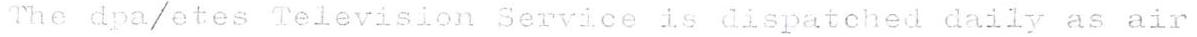
 The dpa/etes Television Service is dispatched daily as air